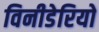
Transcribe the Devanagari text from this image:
विनीडेरियो